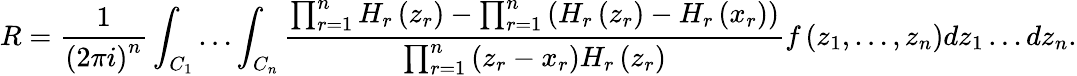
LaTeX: R=\frac{1}{\left(2\pi i\right)^{n}}\int_{C_{1}}\dots\int_{C_{n}}\frac{\prod_{r=1}^{n}H_{r}\left(z_{r}\right)-\prod_{r=1}^{n}\left(H_{r}\left(z_{r}\right)-H_{r}\left(x_{r}\right)\right)}{\prod_{r=1}^{n}\left(z_{r}-x_{r}\right)H_{r}\left(z_{r}\right)}f\left(z_{1},\dots,z_{n}\right)dz_{1}\dots dz_{n}.